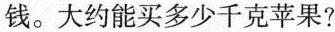
钱。大约能买多少千克苹果?